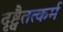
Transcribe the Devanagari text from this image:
दृष्ट्वैतत्कर्म